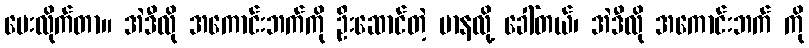
ပေးလိုက်တာ။ အဲဒီလို အကောင်းဘက်ကို ဦးဆောင်တဲ့ မာနလို့ ခေါ်တယ်၊ အဲဒီလို အကောင်းဘက် ကို